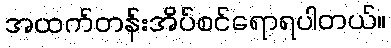
အထက်တန်းအိပ်စင်ရောရပါတယ်။